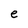
Character: e